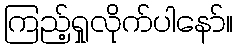
ကြည့်ရှုလိုက်ပါနော်။